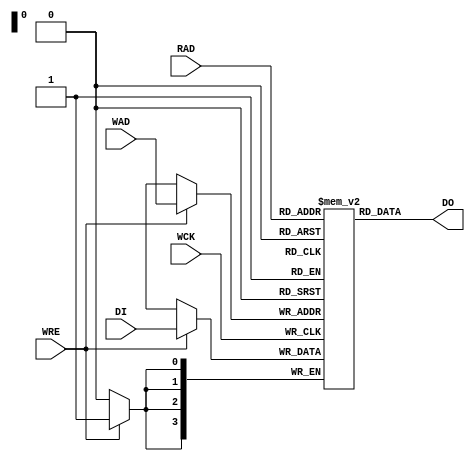
module DPR16X4C (
		input [3:0] DI,
		input WCK, WRE,
		input [3:0] RAD,
		input [3:0] WAD,
		output [3:0] DO
);
	// For legacy Lattice compatibility, INITIVAL is a hex
	// string rather than a numeric parameter
	parameter INITVAL = "0x0000000000000000";

	function [63:0] convert_initval;
		input [143:0] hex_initval;
		reg done;
		reg [63:0] temp;
		reg [7:0] char;
		integer i;
		begin
			done = 1'b0;
			temp = 0;
			for (i = 0; i < 16; i = i + 1) begin
				if (!done) begin
					char = hex_initval[8*i +: 8];
					if (char == "x") begin
						done = 1'b1;
					end else begin
						if (char >= "0" && char <= "9")
							temp[4*i +: 4] = char - "0";
						else if (char >= "A" && char <= "F")
							temp[4*i +: 4] = 10 + char - "A";
						else if (char >= "a" && char <= "f")
							temp[4*i +: 4] = 10 + char - "a";
					end
				end
			end
			convert_initval = temp;
		end
	endfunction

	localparam conv_initval = convert_initval(INITVAL);

	reg [3:0] ram[0:15];
	integer i;
	initial begin
		for (i = 0; i < 15; i = i + 1) begin
			ram[i] <= conv_initval[4*i +: 4];
		end
	end

	always @(posedge WCK)
		if (WRE)
			ram[WAD] <= DI;

	assign DO = ram[RAD];

endmodule